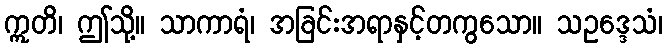
ဣတိ၊ ဤသို့။ သာကာရံ၊ အခြင်းအရာနှင့်တကွသော။ သဥဒ္ဒေသံ၊